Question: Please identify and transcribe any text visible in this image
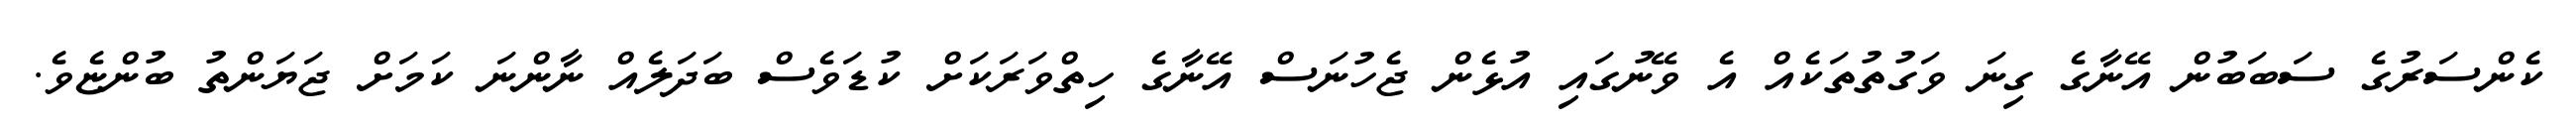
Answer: ކެންސަރުގެ ސަބަބުން އޭނާގެ ގިނަ ވަގުތުތަކެއް އެ ވޭނުގައި އުޅެން ޖެހުނަސް އޭނާގެ ހިތްވަރަކަށް ކުޑަވެސް ބަދަލެއް ނާންނަ ކަމަށް ޖަޔަންތު ބުންޏެވެ.